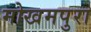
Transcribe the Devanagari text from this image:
मोखमपुरा